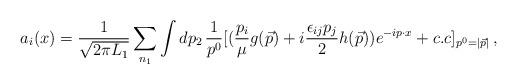
LaTeX: \begin{align*}a_i(x) ={1 \over \sqrt {2\pi L_1 }}\sum_{n_1 }\int d p_2\,{1 \over { p^0}}[ ( {p_i \over \mu} g(\vec p)+ i{\epsilon_{ij} p_j \over 2 } h (\vec p))e^{-ip\cdot x}+ c.c]_{p^0 = |\vec p|}\,,\end{align*}